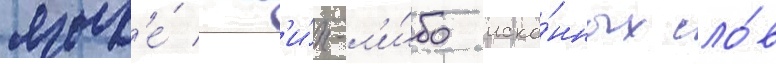
язык'е́ как'и́х-л'и́бо иско́нных сло́в